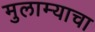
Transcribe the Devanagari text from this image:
मुलाम्याचा